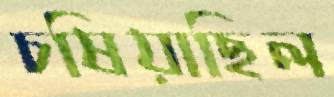
চষিয়াছিল